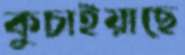
কুচাইয়াছে